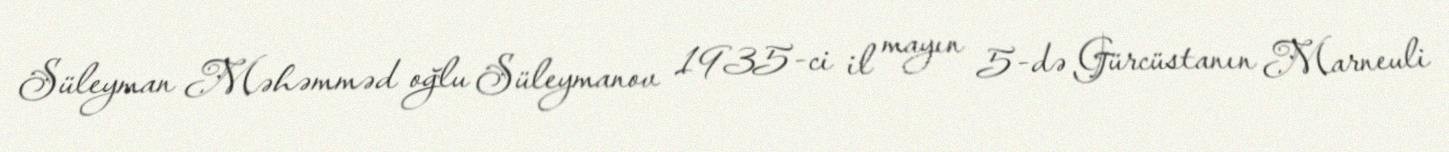
Süleyman Məhəmməd oğlu Süleymanov 1935-ci il mayın 5-də Gürcüstanın Marneuli